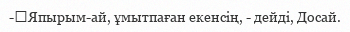
-	Япырым-ай, ұмытпаған екенсің, - дейді, Досай.